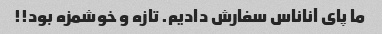
ما پای آناناس سفارش دادیم. تازه و خوشمزه بود!!